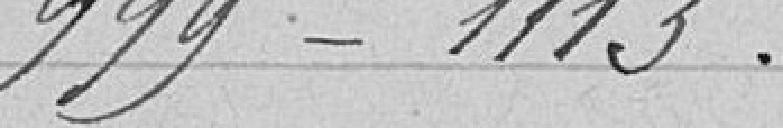
999-1113.